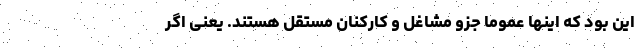
این بود که اینها عموماً جزو مشاغل و کارکنان مستقل هستند. یعنی اگر